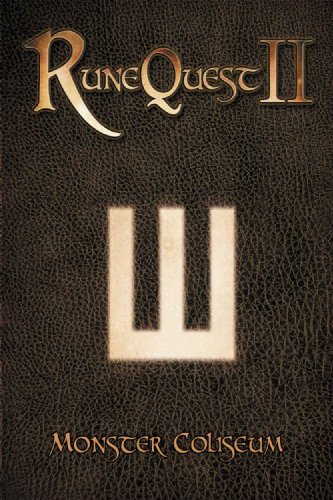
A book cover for Monster Coliseum; Lawrence Whitaker; Science Fiction & Fantasy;